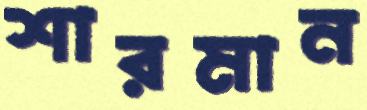
শারমান